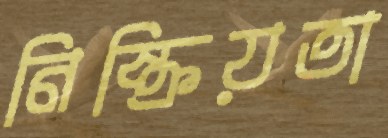
নিষ্ক্রিয়তা